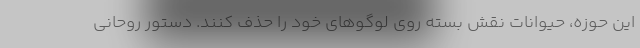
این حوزه، حیوانات نقش بسته روی لوگوهای خود را حذف کنند. دستور روحانی